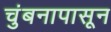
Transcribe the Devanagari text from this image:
चुंबनापासून